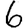
Digit: 6